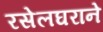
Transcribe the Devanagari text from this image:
रसेलघराने